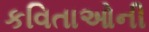
કવિતાઓની